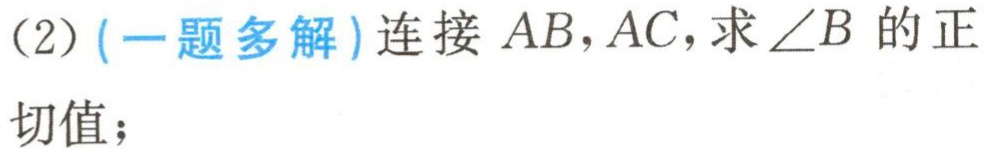
(2) (一题多解)连接 \(AB,AC\)，求 \(\angle B\) 的正
切值；